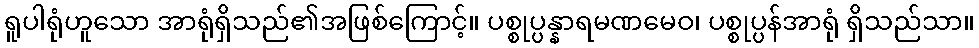
ရူပါရုံဟူသော အာရုံရှိသည်၏အဖြစ်ကြောင့်။ ပစ္စုပ္ပန္နာရမဏမေဝ၊ ပစ္စုပ္ပန်အာရုံ ရှိသည်သာ။